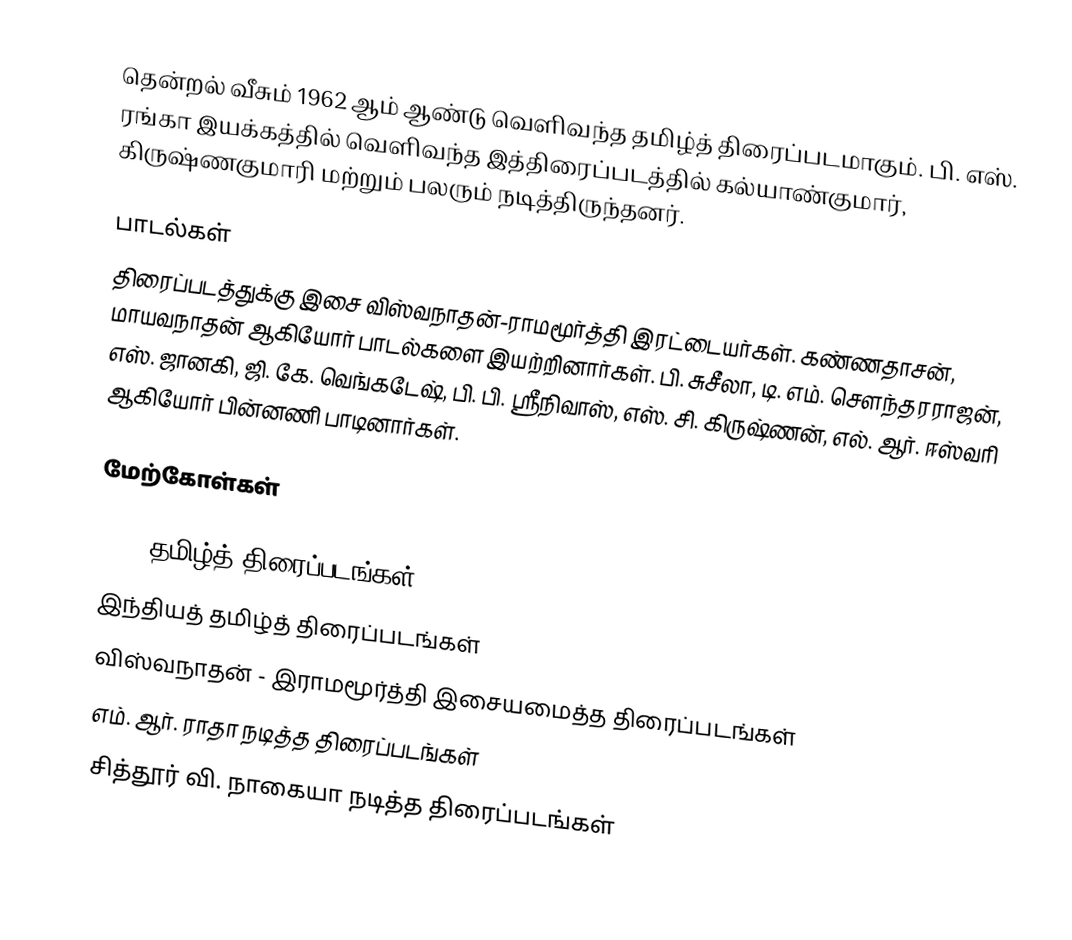
தென்றல் வீசும் 1962 ஆம் ஆண்டு வெளிவந்த தமிழ்த் திரைப்படமாகும். பி. எஸ். ரங்கா இயக்கத்தில் வெளிவந்த இத்திரைப்படத்தில் கல்யாண்குமார், கிருஷ்ணகுமாரி மற்றும் பலரும் நடித்திருந்தனர்.

பாடல்கள்
திரைப்படத்துக்கு இசை விஸ்வநாதன்-ராமமூர்த்தி இரட்டையர்கள். கண்ணதாசன், மாயவநாதன் ஆகியோர் பாடல்களை இயற்றினார்கள். பி. சுசீலா, டி. எம். சௌந்தரராஜன், எஸ். ஜானகி, ஜி. கே. வெங்கடேஷ், பி. பி. ஸ்ரீநிவாஸ், எஸ். சி. கிருஷ்ணன், எல். ஆர். ஈஸ்வரி ஆகியோர் பின்னணி பாடினார்கள்.

மேற்கோள்கள்

1962 தமிழ்த் திரைப்படங்கள்
இந்தியத் தமிழ்த் திரைப்படங்கள்
விஸ்வநாதன் - இராமமூர்த்தி இசையமைத்த திரைப்படங்கள்
எம். ஆர். ராதா நடித்த திரைப்படங்கள்
சித்தூர் வி. நாகையா நடித்த திரைப்படங்கள்